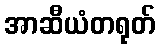
အာဆီယံတရုတ်